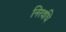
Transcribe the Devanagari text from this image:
निरवधि